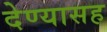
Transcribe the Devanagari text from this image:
देण्‍यासह